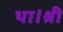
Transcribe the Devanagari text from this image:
था।श्री